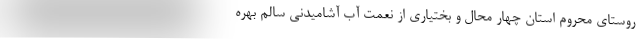
روستای محروم استان چهار محال و بختیاری از نعمت آب آشامیدنی سالم بهره